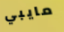
مايبي